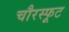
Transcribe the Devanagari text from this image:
चौरस्फूट